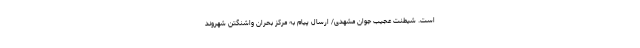
است. شیطنت عجیب جوان مشهدی/ ارسال پیام به مرکز بحران واشنگتن شهروند